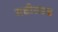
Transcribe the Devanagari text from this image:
गढीसदृश